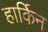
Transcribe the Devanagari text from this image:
हार्किन